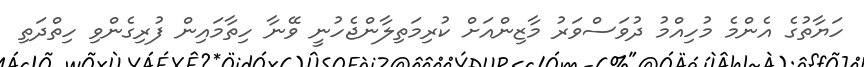
ހަޔާތުގެ އެންމެ މުހިއްމު ދުވަސްވަރު މާޒިންއަށް ކުރިމަތިލާންޖެހުނީ ވޭނާ ހިތާމައިން ފުރިގެންވި ހިތްދަތި